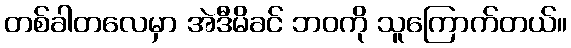
တစ်ခါတလေမှာ အဲဒီမိခင် ဘဝကို သူကြောက်တယ်။